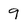
Character: 9